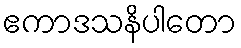
ဧကာဒသနိပါတော